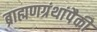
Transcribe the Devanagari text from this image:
ब्राह्मणग्रंथांपैकी